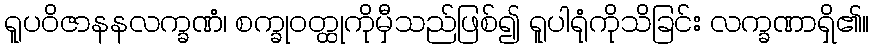
ရူပဝိဇာနနလက္ခဏံ၊ စက္ခုဝတ္ထုကိုမှီသည်ဖြစ်၍ ရူပါရုံကိုသိခြင်း လက္ခဏာရှိ၏။